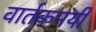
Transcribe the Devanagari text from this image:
वार्तकमयी